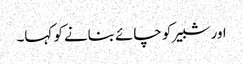
اور شبیر کو چائے بنانے کو کہا۔